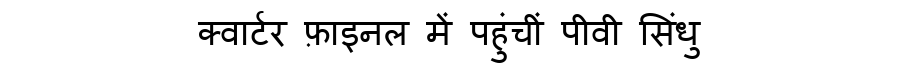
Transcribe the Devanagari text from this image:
क्वार्टर फ़ाइनल में पहुंचीं पीवी सिंधु